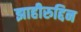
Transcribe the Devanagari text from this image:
झाहीरुद्दिन